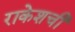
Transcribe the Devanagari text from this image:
राकेशची